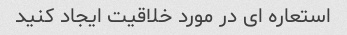
استعاره ای در مورد خلاقیت ایجاد کنید